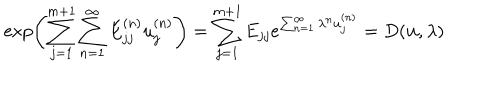
\exp \left( { \sum _ { j = 1 } ^ { m + 1 } \sum _ { n = 1 } ^ { \infty } E _ { j j } ^ { ( n ) } u _ { j } ^ { ( n ) } } \right) = \sum _ { j = 1 } ^ { m + 1 } E _ { j j } e ^ { \sum _ { n = 1 } ^ { \infty } \lambda ^ { n } u _ { j } ^ { ( n ) } } = D ( { \bf u } , \lambda )